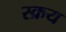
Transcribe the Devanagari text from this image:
स्क्रय